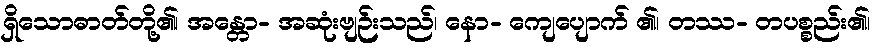
ရှိသောဓာတ်တို့၏၊ အန္တော- အဆုံးဗျဉ်းသည်၊ နော- ကျေပျောက် ၏၊ တဿ- တပစ္စည်း၏၊